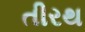
તીરથ